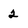
Character: 2